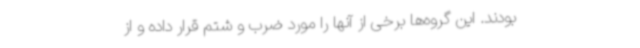
بودند. این گروه‌ها برخی از آنها را مورد ضرب و شتم قرار داده و از